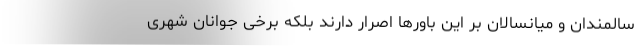
سالمندان و میانسالان بر این باورها اصرار دارند بلکه برخی جوانان شهری